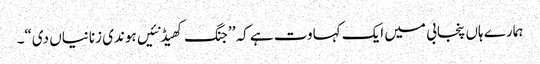
ہمارے ہاں پنجابی میں ایک کہاوت ہے کہ’ ’جنگ کھیڈ نئیں ہوندی زنانیاں دی“۔